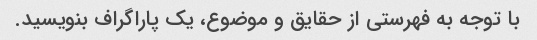
با توجه به فهرستی از حقایق و موضوع، یک پاراگراف بنویسید.